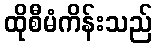
ထိုစီမံကိန်းသည်